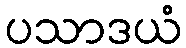
ပသာဒယံ